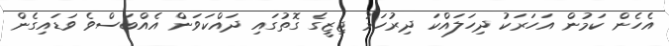
އެހެން ކަމުން އަހަރަކު ދިހަލައްކަ ދިރުހަމު ޖިޒީގެ ގޮތުގައި ދައްކަވަން އެއްބަސްވެ ވަޑައިގެން